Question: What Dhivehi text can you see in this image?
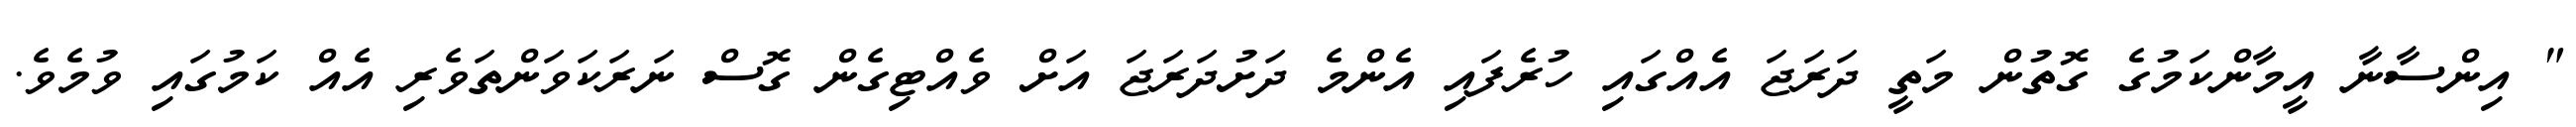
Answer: " އިންސާނާ އީމާންކަމުގެ ގޮތުން މަތީ ދަރަޖަ އެއްގައި ހުރެފައި އެންމެ ދަށުދަރަޖަ އަށް ވެއްޓިގެން ގޮސް ނަރަކަވަންތަވެރި އެއް ކަމުގައި ވުމެވެ.